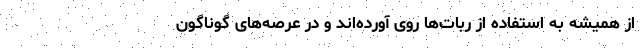
از همیشه به استفاده از ربات‌ها روی آورده‌اند و در عرصه‌های گوناگون